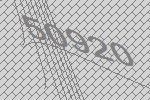
50920